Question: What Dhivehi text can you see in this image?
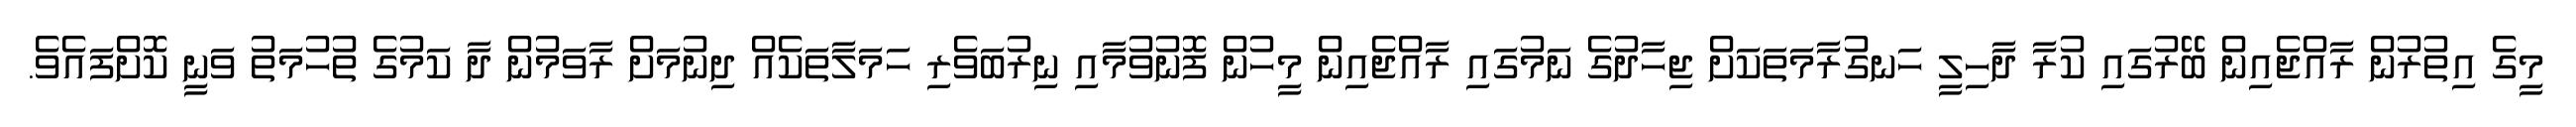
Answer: މީގެ އިތުރުން ރާއްޖެއިން ބޭރުގައި ކުރާ ދާހިލީ ހަނގުރާމަތަކަށް ޖިހާދުގެ ނަމުގައި ރާއްޖެއިން މީހުން ފޮނުވުމާއި ނިރުބަވެރި ހަމަލާތަކެއް ދިނުމަށް ރާވަމުން ދާ ކަމުގެ ތުހުމަތު ވަނީ ކޮށްފައެވެ.